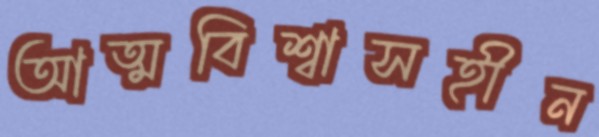
আত্মবিশ্বাসহীন